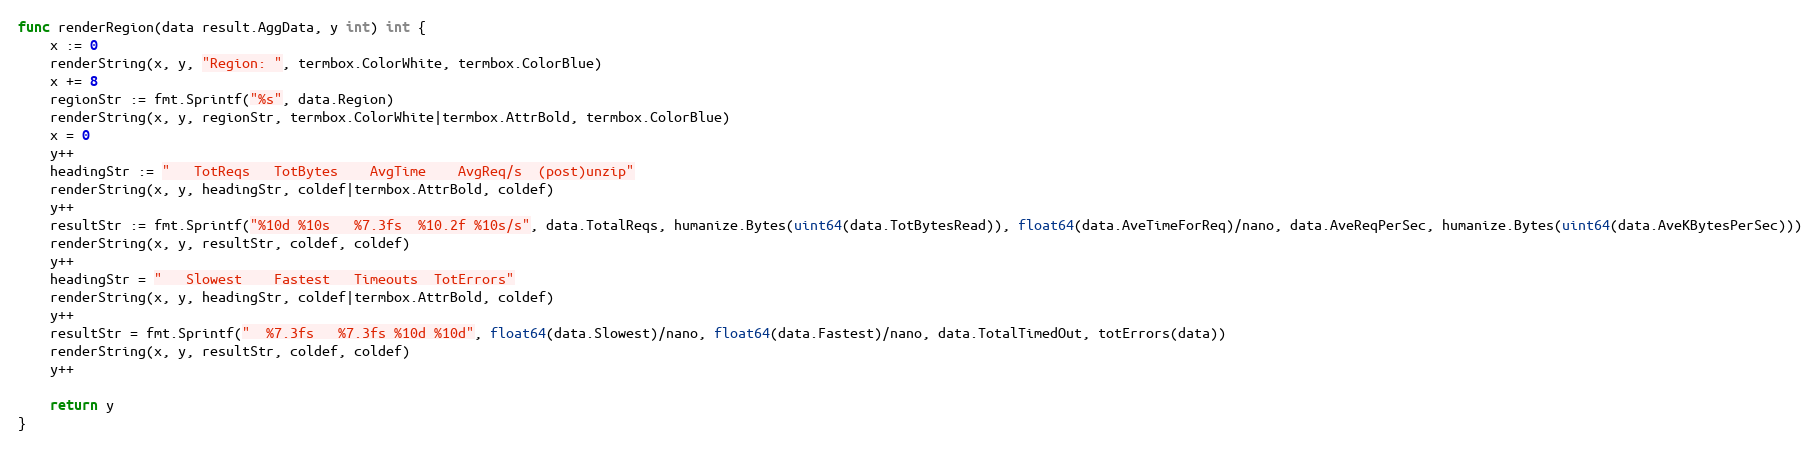
Language: Go
func renderRegion(data result.AggData, y int) int {
	x := 0
	renderString(x, y, "Region: ", termbox.ColorWhite, termbox.ColorBlue)
	x += 8
	regionStr := fmt.Sprintf("%s", data.Region)
	renderString(x, y, regionStr, termbox.ColorWhite|termbox.AttrBold, termbox.ColorBlue)
	x = 0
	y++
	headingStr := "   TotReqs   TotBytes    AvgTime    AvgReq/s  (post)unzip"
	renderString(x, y, headingStr, coldef|termbox.AttrBold, coldef)
	y++
	resultStr := fmt.Sprintf("%10d %10s   %7.3fs  %10.2f %10s/s", data.TotalReqs, humanize.Bytes(uint64(data.TotBytesRead)), float64(data.AveTimeForReq)/nano, data.AveReqPerSec, humanize.Bytes(uint64(data.AveKBytesPerSec)))
	renderString(x, y, resultStr, coldef, coldef)
	y++
	headingStr = "   Slowest    Fastest   Timeouts  TotErrors"
	renderString(x, y, headingStr, coldef|termbox.AttrBold, coldef)
	y++
	resultStr = fmt.Sprintf("  %7.3fs   %7.3fs %10d %10d", float64(data.Slowest)/nano, float64(data.Fastest)/nano, data.TotalTimedOut, totErrors(data))
	renderString(x, y, resultStr, coldef, coldef)
	y++

	return y
}